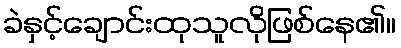
ခဲနှင့်ချောင်းထုသူလိုဖြစ်နေ၏။